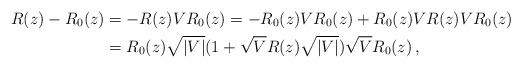
LaTeX: \begin{align*}R(z)-R_0(z)& =-R(z)VR_0(z)=-R_0(z)VR_0(z)+R_0(z)VR(z)VR_0(z) \\& =R_0(z)\sqrt{|V|} (1+ \sqrt{V} R(z)\sqrt{|V|}) \sqrt V R_0(z) \,,\end{align*}